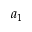
a _ { 1 }